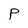
Character: P